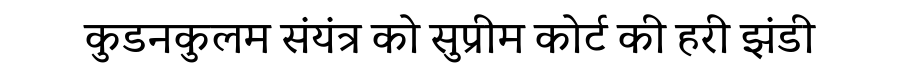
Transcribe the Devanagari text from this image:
कुडनकुलम संयंत्र को सुप्रीम कोर्ट की हरी झंडी